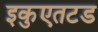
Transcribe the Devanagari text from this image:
इकुएतटड